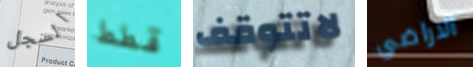
السجل قطط لاتتوقف الاراضي